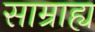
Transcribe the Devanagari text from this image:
साम्राह्य